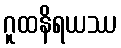
ဂူထနိရယဿ